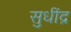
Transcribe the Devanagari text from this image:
सुधींद्र